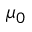
\mu _ { 0 }